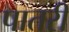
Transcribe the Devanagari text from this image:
पातरी